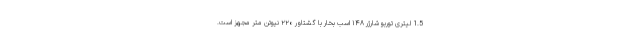
1.5 لیتری توربو شارژر ۱۴۸ اسب بخار با گشتاور ۲۲۰ نیوتن متر مجهز است.